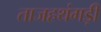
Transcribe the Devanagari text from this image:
ताजहथंगड़ी